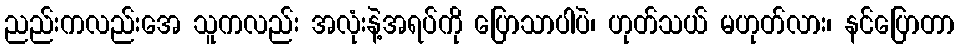
ညည်းကလည်းအေ သူကလည်း အလုံးနဲ့အရပ်ကို ပြောသာပါပဲ၊ ဟုတ်သယ် မဟုတ်လား၊ နင်ပြောတာ